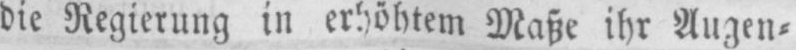
die Regierung in erhöhtem Maße ihr Augen⸗